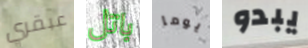
عبقري باتل يوما يبدو